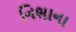
નિભાના